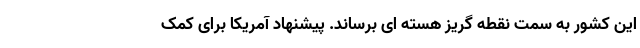
این کشور به سمت نقطه گریز هسته ای برساند. پیشنهاد آمریکا برای کمک